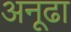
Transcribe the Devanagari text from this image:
अनूढा